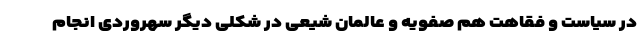
در سیاست و فقاهت هم صفویه و عالمان شیعی در شکلی دیگر سهروردی انجام